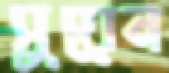
সুয়েন